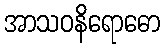
အာသဝနိရောဓော